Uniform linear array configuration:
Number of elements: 48
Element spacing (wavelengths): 0.5
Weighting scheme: uniform
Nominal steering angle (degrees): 45
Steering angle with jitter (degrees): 43.335
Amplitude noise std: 0.05
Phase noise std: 0.05

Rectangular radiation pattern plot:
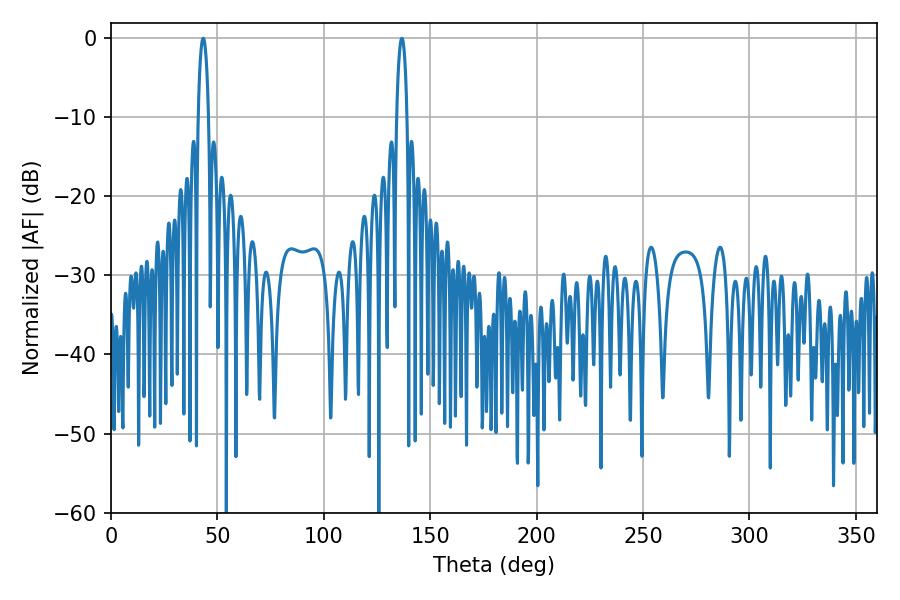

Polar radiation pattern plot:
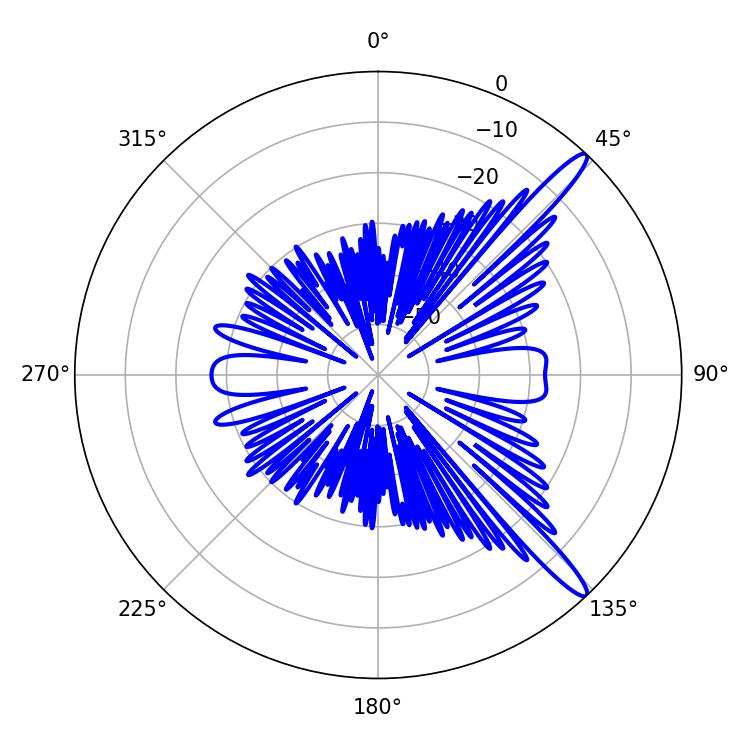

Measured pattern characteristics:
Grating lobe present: FALSE
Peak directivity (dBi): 14.103
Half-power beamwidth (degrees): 2.7
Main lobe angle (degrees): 43.38